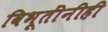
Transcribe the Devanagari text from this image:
विभूतींनीही